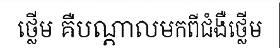
ថ្លើម គឺបណ្តាលមកពីជំងឺថ្លើម